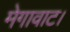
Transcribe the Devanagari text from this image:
मेगावाट।